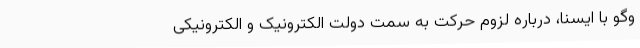
وگو با ایسنا، درباره لزوم حرکت به سمت دولت الکترونیک و الکترونیکی